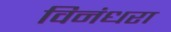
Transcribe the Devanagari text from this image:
विनंधरा